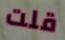
قلت